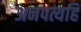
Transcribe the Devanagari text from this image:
अनपत्यहि